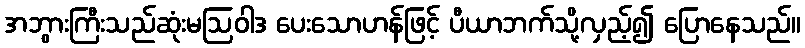
အဘွားကြီးသည်ဆုံးမဩဝါဒ ပေးသောဟန်ဖြင့် ပီယာဘက်သို့လှည့်၍ ပြောနေသည်။